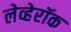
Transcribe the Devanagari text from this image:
लेव्हेरॉक